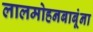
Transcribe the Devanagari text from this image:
लालमोहनबाबूंना